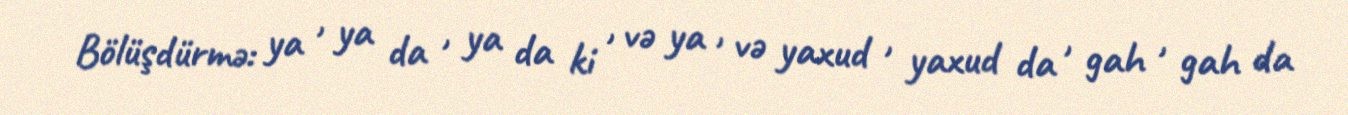
Bölüşdürmə: ya , ya da , ya da ki , və ya , və yaxud , yaxud da , gah , gah da